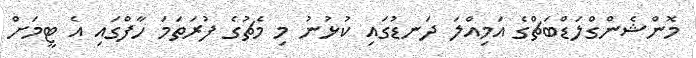
މޮންޝެންގްލަޑްބަޗްގެ އަމިއްލަ ދަނޑުގައި ކުޅުނު މި މެޗުގެ ފުރަތަމަ ހާފްގައި އެ ޓީމަށް